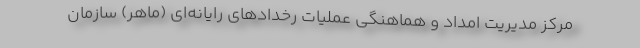
مرکز مدیریت امداد و هماهنگی عملیات رخدادهای رایانه‌ای (ماهر) سازمان